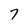
Character: 7